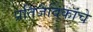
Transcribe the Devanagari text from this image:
प्रतिजैविकांचे